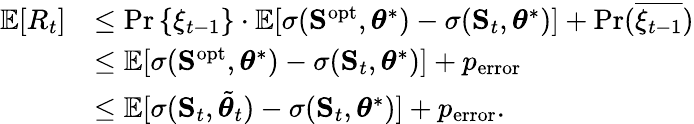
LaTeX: \begin{array}{rl}{\mathbb{E}[R_{t}]}&{\leq\operatorname*{Pr}\left\{ \xi_{t-1}\right\} \cdot\mathbb{E}[\sigma({\mathbf S}^{\mathrm{opt}},\boldsymbol{\theta}^{*})-\sigma({\mathbf S}_{t},\boldsymbol{\theta}^{*})]+\operatorname*{Pr}(\overline{{\xi_{t-1}}})}\\ &{\leq\mathbb{E}[\sigma({\mathbf S}^{\mathrm{opt}},\boldsymbol{\theta}^{*})-\sigma({\mathbf S}_{t},\boldsymbol{\theta}^{*})]+p_{\mathrm{error}}}\\ &{\leq\mathbb{E}[\sigma({\mathbf S}_{t},\tilde{\boldsymbol{\theta}}_{t})-\sigma({\mathbf S}_{t},\boldsymbol{\theta}^{*})]+p_{\mathrm{error}}.}\end{array}